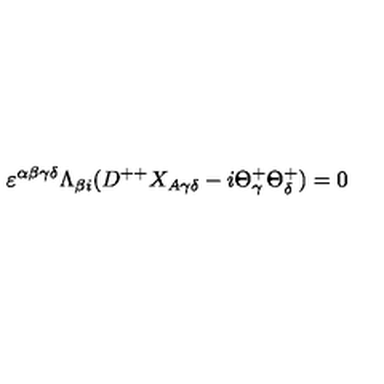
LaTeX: \varepsilon ^ { \alpha \beta \gamma \delta } \Lambda _ { \beta { i } } ( D ^ { + + } X _ { A \gamma \delta } - i \Theta _ { \gamma } ^ { + } \Theta _ { \delta } ^ { + } ) = 0